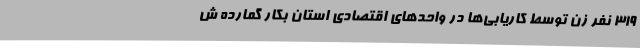
319 نفر زن توسط کاریابی‌ها در واحدهای اقتصادی استان بکار گمارده ش